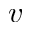
v